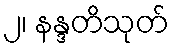
၂၊ နန္ဒတိသုတ်